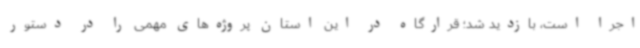
اجرا است، بازدید شد؛ قرارگاه در این استان پروژه‌های مهمی را در دستور